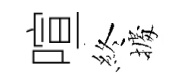
喧終𢴃